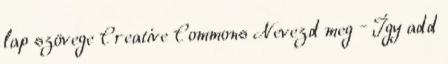
lap szövege Creative Commons Nevezd meg – Így add